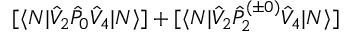
[ \langle N | \hat { V } _ { 2 } \hat { P } _ { 0 } \hat { V } _ { 4 } | N \rangle ] + [ \langle N | \hat { V } _ { 2 } \hat { P } _ { 2 } ^ { ( \pm 0 ) } \hat { V } _ { 4 } | N \rangle ]